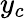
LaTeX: y_{c}